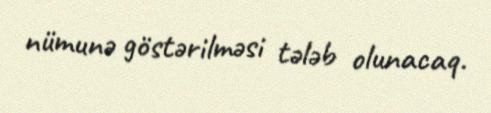
nümunə göstərilməsi tələb olunacaq.